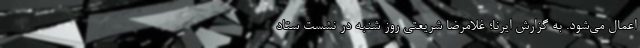
اعمال می‌شود. به گزارش ایرنا؛ غلامرضا شریعتی روز شنبه در نشست ستاد